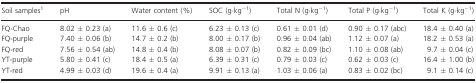
<table><thead><tr><td><b>Soil samples1</b></td><td><b>pH</b></td><td><b>Water content (%)</b></td><td><b>SOC (g·kg<sup>−1</sup>)</b></td><td><b>Total N (g·kg<sup>−1</sup>)</b></td><td><b>Total P (g·kg<sup>−1</sup>)</b></td><td><b>Total K (g·kg<sup>−1</sup>)</b></td></tr></thead><tbody><tr><td>FQ-Chao</td><td>8.02 ± 0.23 (a)</td><td>11.6 ± 0.6 (c)</td><td>6.23 ± 0.13 (c)</td><td>0.61 ± 0.01 (d)</td><td>0.90 ± 0.17 (abc)</td><td>18.4 ± 0.40 (a)</td></tr><tr><td>FQ-purple</td><td>7.40 ± 0.06 (b)</td><td>14.7 ± 0.2 (b)</td><td>8.00 ± 0.17 (b)</td><td>0.96 ± 0.04 (ab)</td><td>1.12 ± 0.07 (a)</td><td>18.2 ± 0.53 (a)</td></tr><tr><td>FQ-red</td><td>7.56 ± 0.54 (ab)</td><td>14.8 ± 0.4 (b)</td><td>8.08 ± 0.07 (b)</td><td>0.82 ± 0.09 (bc)</td><td>1.10 ± 0.08 (ab)</td><td>9.7 ± 0.04 (c)</td></tr><tr><td>YT-purple</td><td>5.80 ± 0.41 (c)</td><td>18.4 ± 0.5 (a)</td><td>6.39 ± 0.31 (c)</td><td>0.79 ± 0.03 (c)</td><td>0.62 ± 0.03 (c)</td><td>16.4 ± 1.00 (b)</td></tr><tr><td>YT-red</td><td>4.99 ± 0.03 (d)</td><td>19.6 ± 0.4 (a)</td><td>9.91 ± 0.13 (a)</td><td>1.03 ± 0.06 (a)</td><td>0.83 ± 0.02 (bc)</td><td>9.1 ± 0.14 (c)</td></tr></tbody></table>